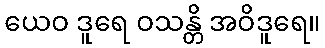
ယေဝ ဒူရေ ဝသန္တိ အဝိဒူရေ။